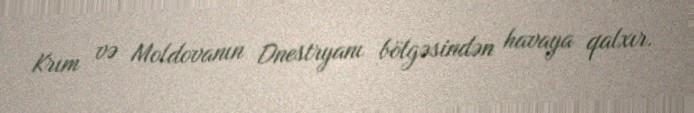
Krım və Moldovanın Dnestryanı bölgəsindən havaya qalxır.